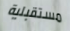
مستقبلية